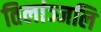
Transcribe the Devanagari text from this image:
तिलांञ्जलि